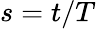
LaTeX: s=t/T